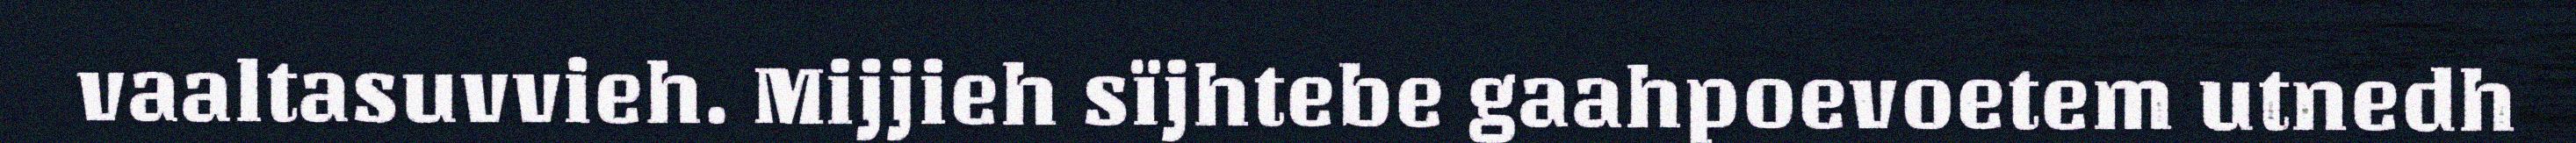
vaaltasuvvieh. Mijjieh sïjhtebe gaahpoevoetem utnedh